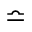
\bumpeq